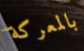
بالمعركة